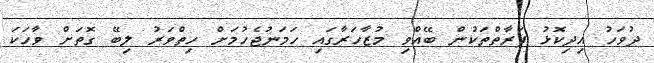
ދުވަހު އިދިކޮޅު ފަރާތްތަކުން ބޭއްވި މުޒާހަރާގައި ހަމަނުޖެހުމަށް ހިތްވަރު ލިބޭ ގޮތަށް ވާހަކަ